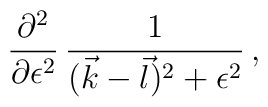
{\partial^2 \over \partial \epsilon^2} \, {1 \over ({\vec k} - {\vec l})^2 +         \epsilon^2} \, ,